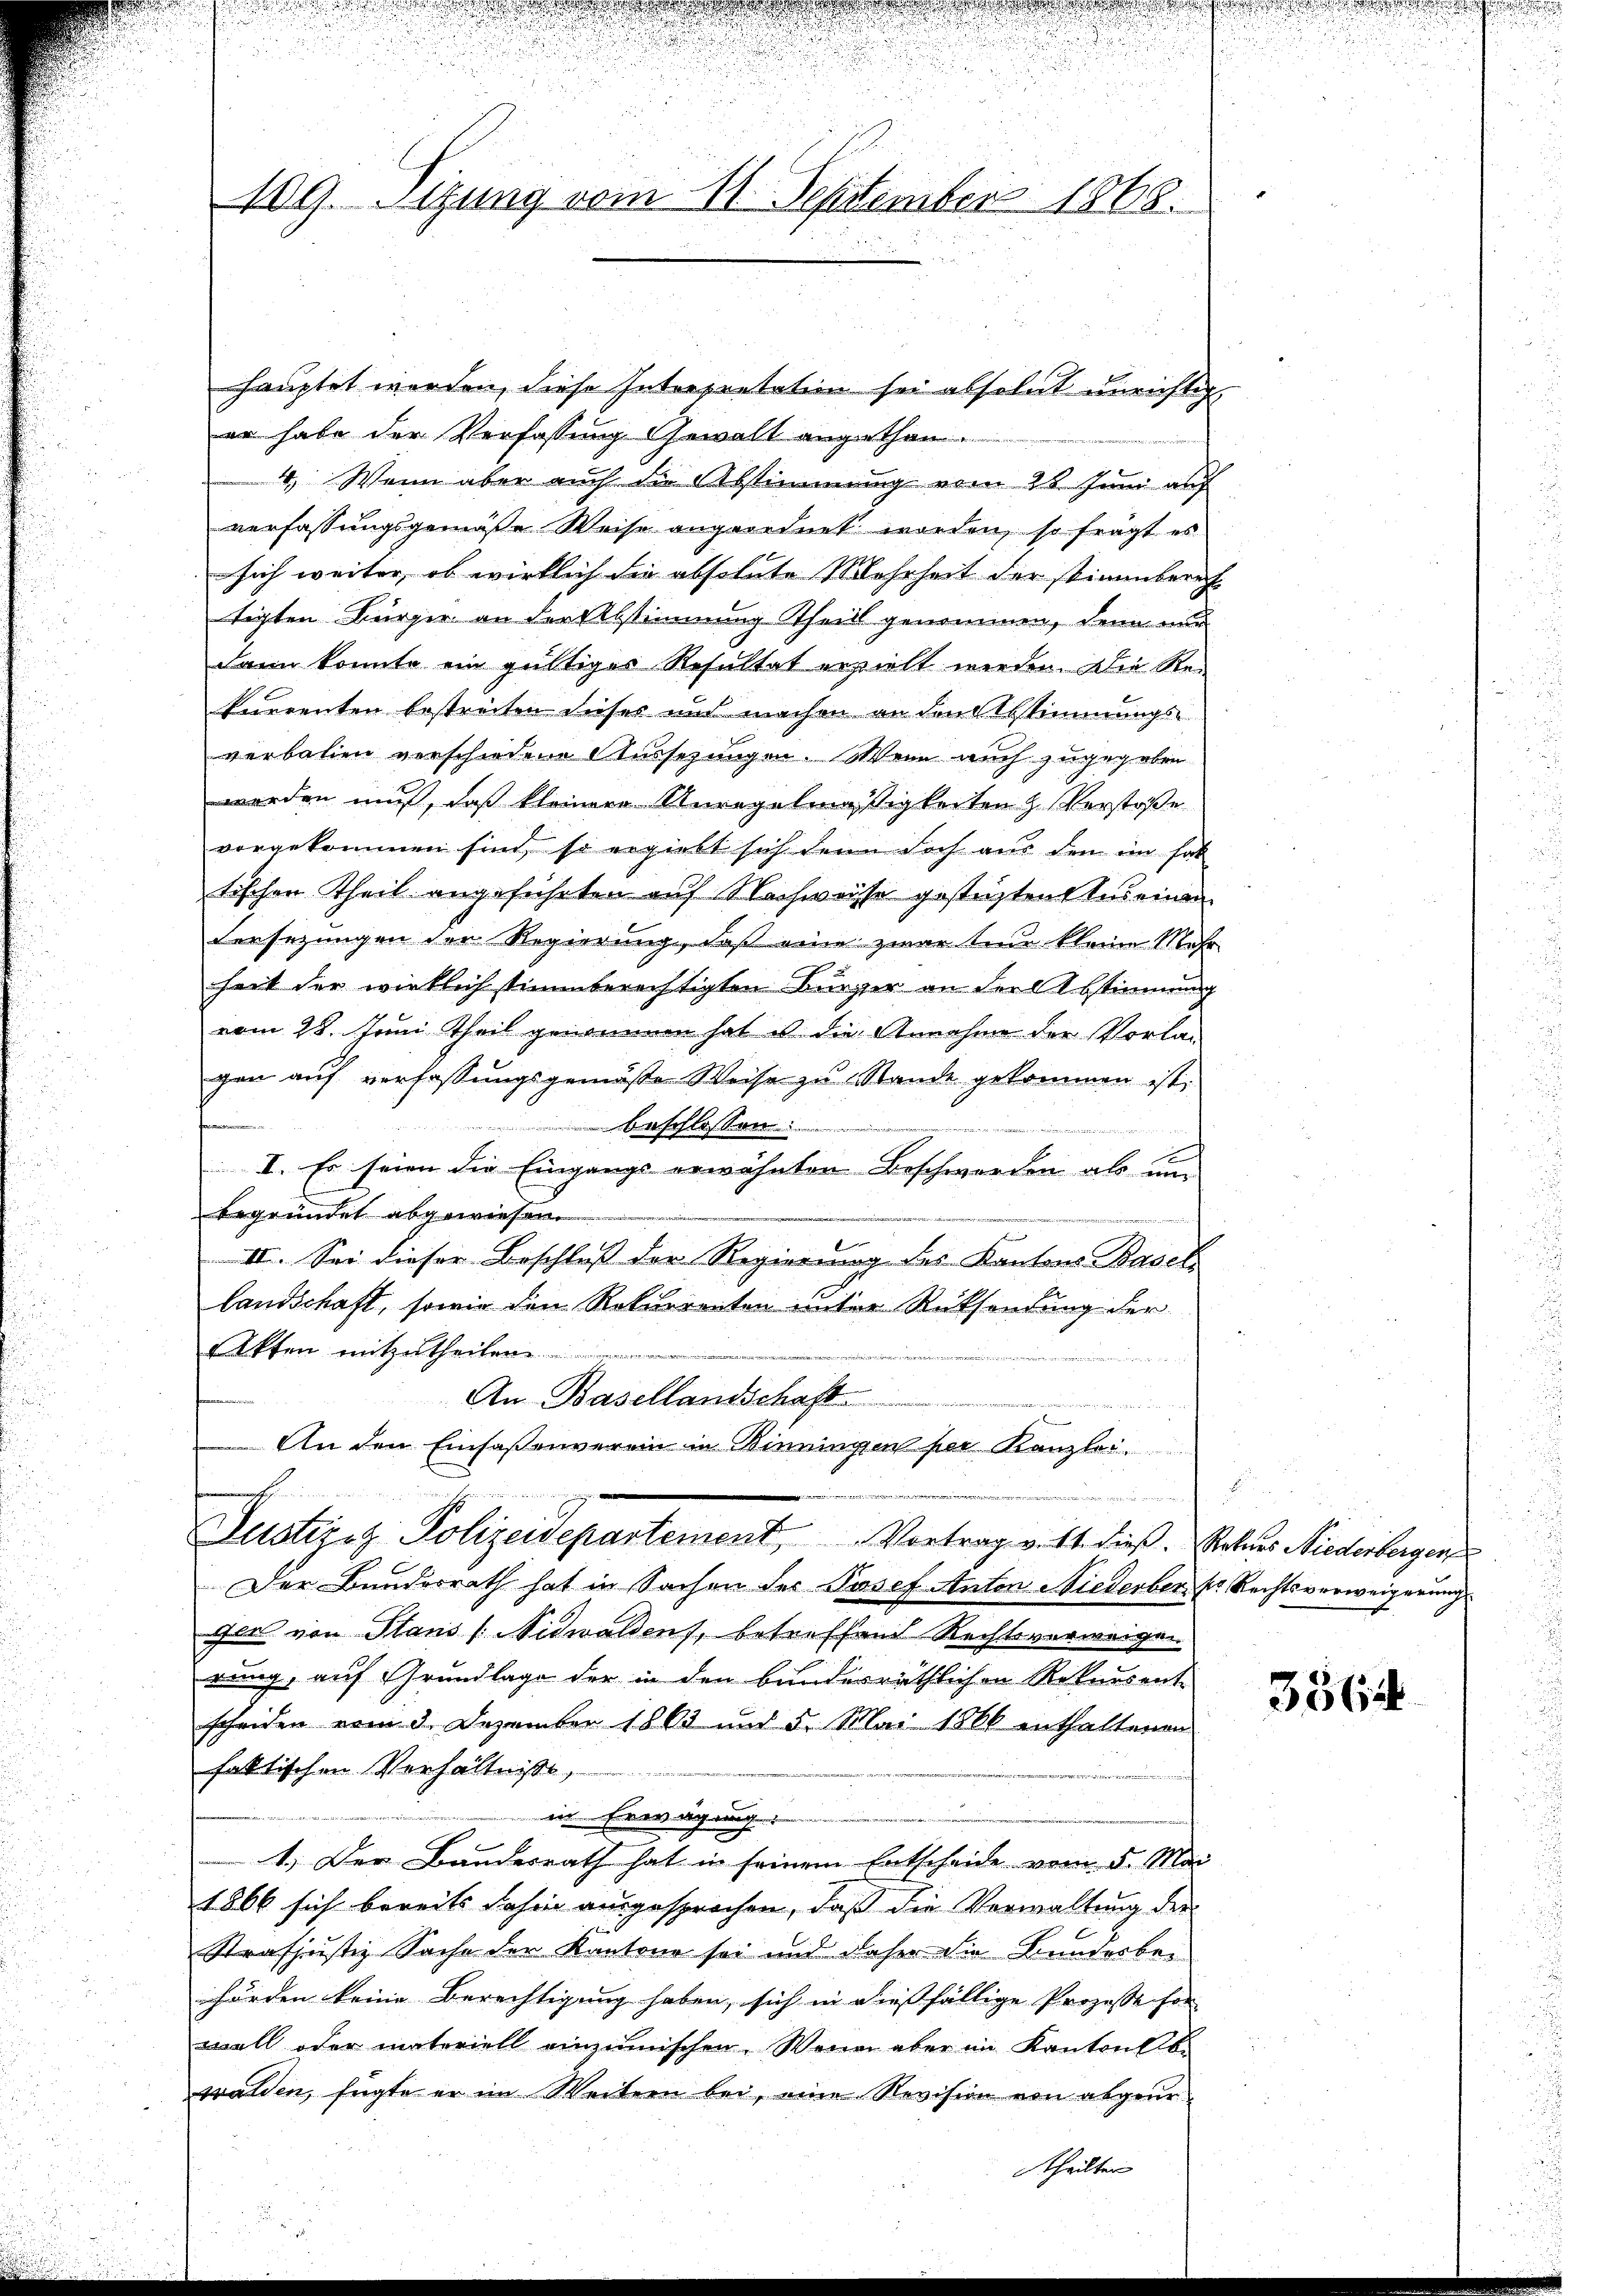
d

109. Sitzung vom 11. September 1868.

hauptet werden, diese Interpretation sei absolut unrichtig,
er habe der Verfassung Gewalt angethan.
4. Wenn aber auch die Abstimmung vom 26 Juni auf
verfassungsgemäße Weise angeordnet worden, so frägt es
sich weiter, ob wirklich die absolute Mehrheit der stimmberech
tigten Bürger an der Abstimmung Theill genommen, denn m
dann konnte ein gültiges Resultat gezielt werden. Die Re-
kurrenten bestreiten dieses und machen an den Abstimmungs-
verbalien verschiedene Aussezungen. Wenn auch zugegeben
werden muß, daß kleinere Unregelmäßigkeiten H. Verstoße
vorgekommen sind, so ergiebt sich denn doch aus den im hab
tischen Theil angeführten auf Nachweise gesteizten Aus einen
Versezungen der Regierung, daß eine zwar eine kleine Mehr-
heit der wirklich stimmberechtigten Bürger an der Abstimmung
vom 28. Juni Theil genommen hat ist die Annahme der Vorla-
gen auf verfassungsgemäße Weise zu Stande gekommen ist.
seder die
beschlossen:
I. Es seien die Eingangs erwähnten Beschwerden als um
begründet abgewiesen.
III. Sei dieser Beschluß der Regierung des Kantons Basel
Landschaft, sowie den Rekurrenten unter Rücksendung der
Akten mitzutheilen.
                  190
An Basellandschaft.
An den Einfaßenverein in Winningen per Kanzlei
h
t
Justirnz Polizeidepartement. Vortrag gilt dieß. Petenes Niederborgen
Der Bundesrath hat in Sachen des Josef Anton Niederber k. Rechtsverweigerung
ger von Plans / Nidwaldens, betreffend Rechtsverweigen
rung, auf Grundlage der in den bunderräthlichen Rekursent-
scheiden vom 9. Dezember 1863 und 5. Mai 1866 enthaltenen
faktischen Verhältnisse,
in Erwägung
1.) Der Bundesrath hat in seinem Entscheide vom 5. Mai
1866 sich bereits Jahre ausgesprochen, daß die Verwaltung der
Strafjustiz Sache der Kantone sei und daher die Banderber
hörden keine Berechtigung haben, sich in dießfällige Prozessenhor
wall oder materiell einzumischen. Wenn aber im Kantonsb
walden, fügte er im Weitern bei, eine Revision von abgeur¬

Scheils

e

3564